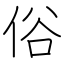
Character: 俗